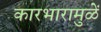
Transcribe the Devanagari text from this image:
कारभारामुळें